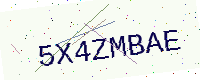
Text: 5X4ZMBAE